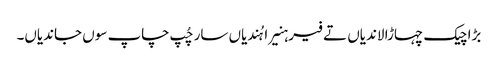
بڑا چیک چہاڑا لاندیاں تے فیر ہنیرا ہُندیاں سار چُپ چاپ سوں جاندیاں۔